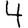
Digit: 4